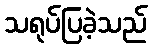
သရုပ်ပြခဲ့သည်